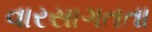
વારસાગતતા